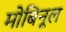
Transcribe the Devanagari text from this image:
मोबिनूल